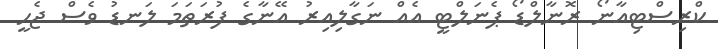
ކްރިސްޓިއާނޯ ރޮނާލްޑޯ ޕެނަލްޓީ އެއް ނަގާލިއިރު އޭނާގެ ފުރަތަމަ ލަނޑު ވެސް ޖެހީ